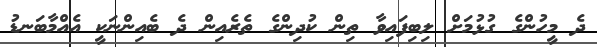
ދެ މީހުންގެ ގުޅުމަށް ލިބިފައިވާ ތިން ކުދިންގެ ތެރެއިން ދެ ބެއިންނަކީ އެއްމާބަނޑު